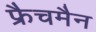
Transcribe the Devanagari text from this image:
फ्रैचमैन